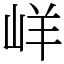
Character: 㟄